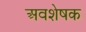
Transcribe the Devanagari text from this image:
अवशेषक